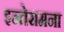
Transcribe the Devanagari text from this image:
इन्तेरामना